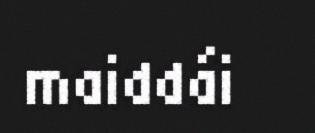
maiddái